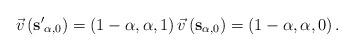
LaTeX: \begin{align*}\vec{v}\left( {\bf s'}_{\alpha, 0} \right) = \left( 1- \alpha, \alpha, 1 \right) \vec{v}\left( {\bf s}_{\alpha, 0} \right) = \left( 1-\alpha, \alpha, 0 \right).\end{align*}